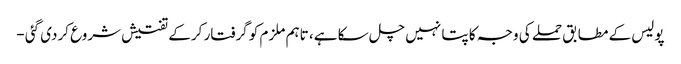
پولیس کے مطابق حملے کی وجہ کا پتا نہیں چل سکا ہے، تاہم ملزم کو گرفتار کرکے تفتیش شروع کردی گئی -